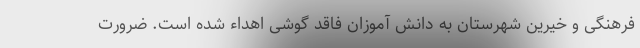
فرهنگی و خیرین شهرستان به دانش آموزان فاقد گوشی اهداء شده است. ضرورت